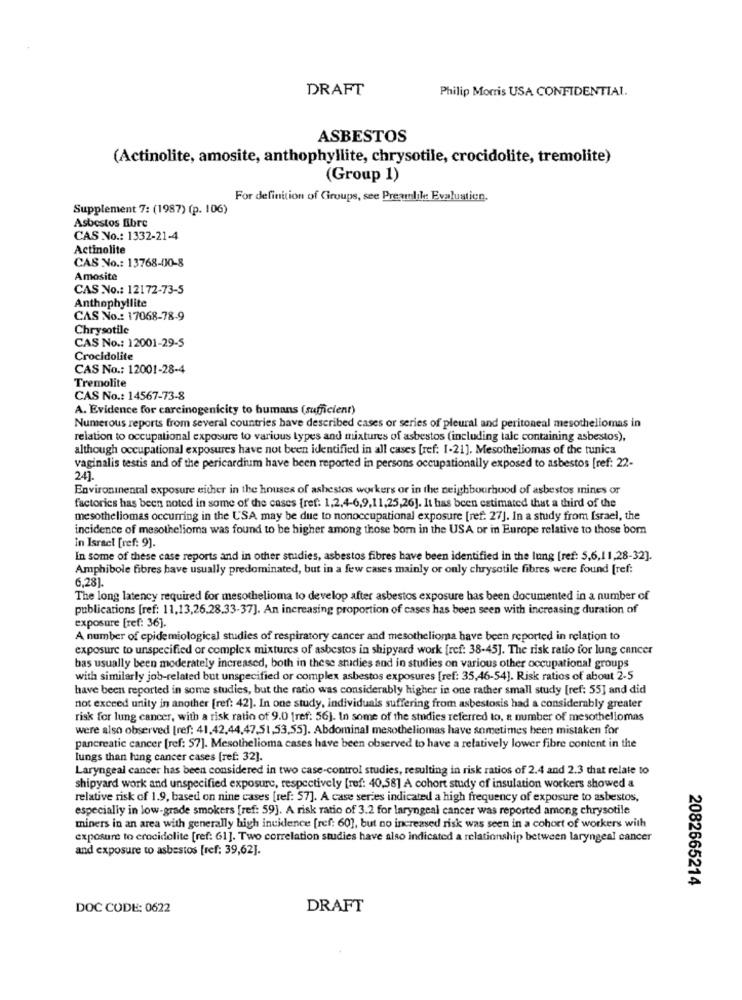
DRAFT
Philip Morris USA CONFIDENTIAL.
ASBESTOS
(Actinolite, amosite, anthophyllite, chrysotile, crocidolite, tremolite)
(Group 1)
For definition of Groups, see Preamlik: Evaluation.
Supplement 7: (1987) (p. 106)
Asbestos fibre
CAS No .: 1332-21-4
Actinolite
CAS No .: 13768-00-8
Amosite
CAS No .: 12172-73-5
Anthophyllite
CAS No .: 17068-78-9
Chrysotile
CAS No .: 12001-29-5
Crocidolite
CAS No .: 12001-28-4
Tremolite
CAS No .: 14567-73-8
A. Evidence for carcinogenicity to humans (sufficient)
Numerous reports from several countries have described cases or series of pleural and peritoneal mesotheliomas in
relation to occupational exposure to various types and mixtures of asbestos (including talc containing asbestos),
although occupational exposures have not been identified in all cases [ref: 1-21]. Mesotheliomas of the tunica
vaginalis testis and of the pericardium have been reported in persons occupationally exposed to asbestos [ref: 22-
24].
Environinental exposure either in the houses of ashestos workers or in the neighbourhood of asbestos mines or
factories has been noted in some of the cases [ref: 1,2,4-6,9,11,25,26]. It has been estimated that a third of the
mesotheliomas occurring in the USA may be due to nonoccupational exposure [ref. 27]. In a study from Israel, the
incidence of mesothelioma was found to be higher among those born in the USA or in Europe relative to those bom
in Israel [ref: 9].
In some of these case reports and in other studies, asbestos fibres have been identified in the lung [ref: 5,6,11,28-32].
Amphibole fibres have usually predominated, but in a few cases mainly or only chrysotile fibres were found [ref:
6,28]
The long latency required for mesothelioma to develop after asbestos exposure has been documented in a number of
publications [ref: 11,13,26.28.33-37]. An increasing proportion of cases has been seen with increasing duration of
exposure [ref: 36].
A number of epidemiological studies of respiratory cancer and mesothelioma have been reported in relation to
exposure to unspecified or complex mixtures of asbestos in shipyard work [ref: 38-45]. The risk ratio for lung cancer
bas usually been moderately increased, both in these studies and in studies on various other occupational groups
with similarly job-related but unspecified or complex asbestos exposures [ref: 35,46-54]. Risk ratios of about 2-5
have been reported in some studies, but the radio was considerably higher in one rather small study [ref: 55] and did
not exceed unity in another [ref: 42). In one study, individuals suffering from asbestosis had a considerably greater
risk for lung cancer, with a risk ratio of 9.0 [ref: 56). In some of the studies referred to, a number of mesotheliomas
were also observed [ref: 41,42,44,47,51,53,55]. Abdominal mesotheliomas have sometimes been mistaken for
pancreatic cancer [ref: 57]. Mesothelioma cases have been observed to have a relatively lower fibre content in the
lungs than ling cancer cases [ref: 32].
Laryngeal cancer has been considered in two case-control studies, resulting in risk ratios of 2.4 and 2.3 that relate to
shipyard work and unspecified exposure, respectively [ref: 40,58] A cohort study of insulation workers showed a
relative risk of 1.9, based on nine cases [ref: 57]. A case series indicated a high frequency of exposure to asbestos,
especially in low-grade smokers [ref: 59]. A risk ratio of 3.2 for laryngeal cancer was reported among chrysotile
miners in an area with generally high incidence [ref: 60], but no increased risk was seen in a cohort of workers with
exposure to crocidolite [ref: 61]. Two correlation studies have also indicated a relationship between laryngeal cancer
and exposure to asbestos [ref: 39,62].
2082665214
DOC CODE: 0622
DRAFT